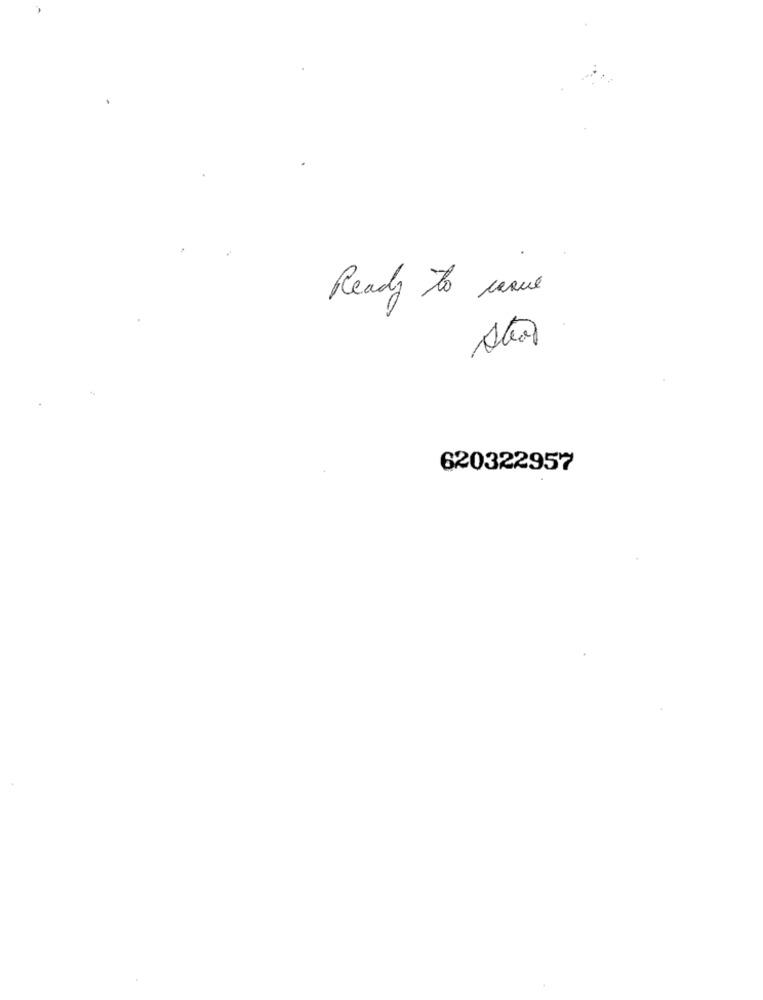
Ready to carve
620322957